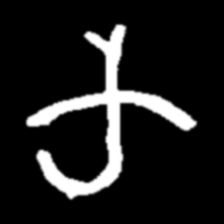
Pyu character \u2014 Myanmar letter: က (romanized: ka)